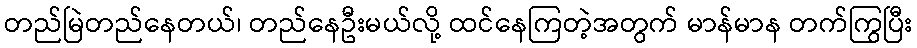
တည်မြဲတည်နေတယ်၊ တည်နေဦးမယ်လို့ ထင်နေကြတဲ့အတွက် မာန်မာန တက်ကြွပြီး